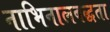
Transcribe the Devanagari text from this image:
नाभिनालबद्धता